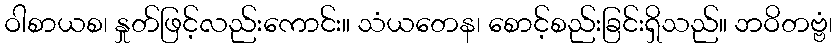
ဝါစာယစ၊ နှုတ်ဖြင့်လည်းကောင်း။ သံယတေန၊ စောင့်စည်းခြင်းရှိသည်။ ဘဝိတဗ္ဗံ၊